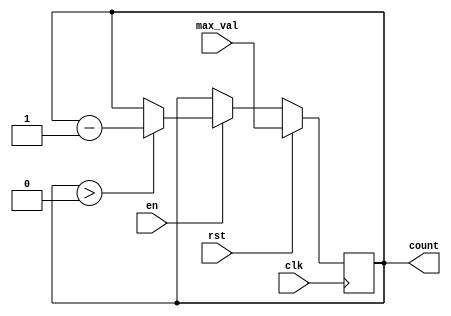
module down_counter (
    input wire clk,               // Clock input
    input wire en,                // Enable signal
    input wire rst,               // Reset signal
    input wire [N-1:0] max_val,   // Initial value (maximum count value)
    output reg [N-1:0] count      // Counter value output
);

parameter N = 8; // Define the width of the counter, adjust as necessary

// Always block for synchronous reset and counting
always @(posedge clk) begin
    if (rst) begin
        count <= max_val;       // When reset is high, initialize count to max_val
    end else if (en) begin
        if (count > 0) begin
            count <= count - 1; // Decrement the counter if enable is high and count is not zero
        end
    end
    // If enable is low, count retains its value
end

endmodule